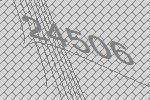
24506